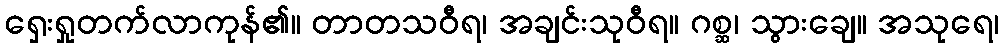
ရှေးရှုတက်လာကုန်၏။ တာတသဝီရ၊ အချင်းသုဝီရ။ ဂစ္ဆ၊ သွားချေ။ အသုရေ၊